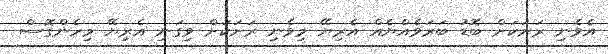
އެވެނި ރަށަކަށް ބޮޑު ބަރަވެއްޔެއް އެރިޔޭ މިވެނި ރަށަކަށް ވިގަނި އެރިޔޭ މިހެންގޮސް